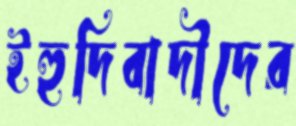
ইহুদিবাদীদের